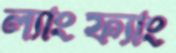
ল্যাংফ্যাং